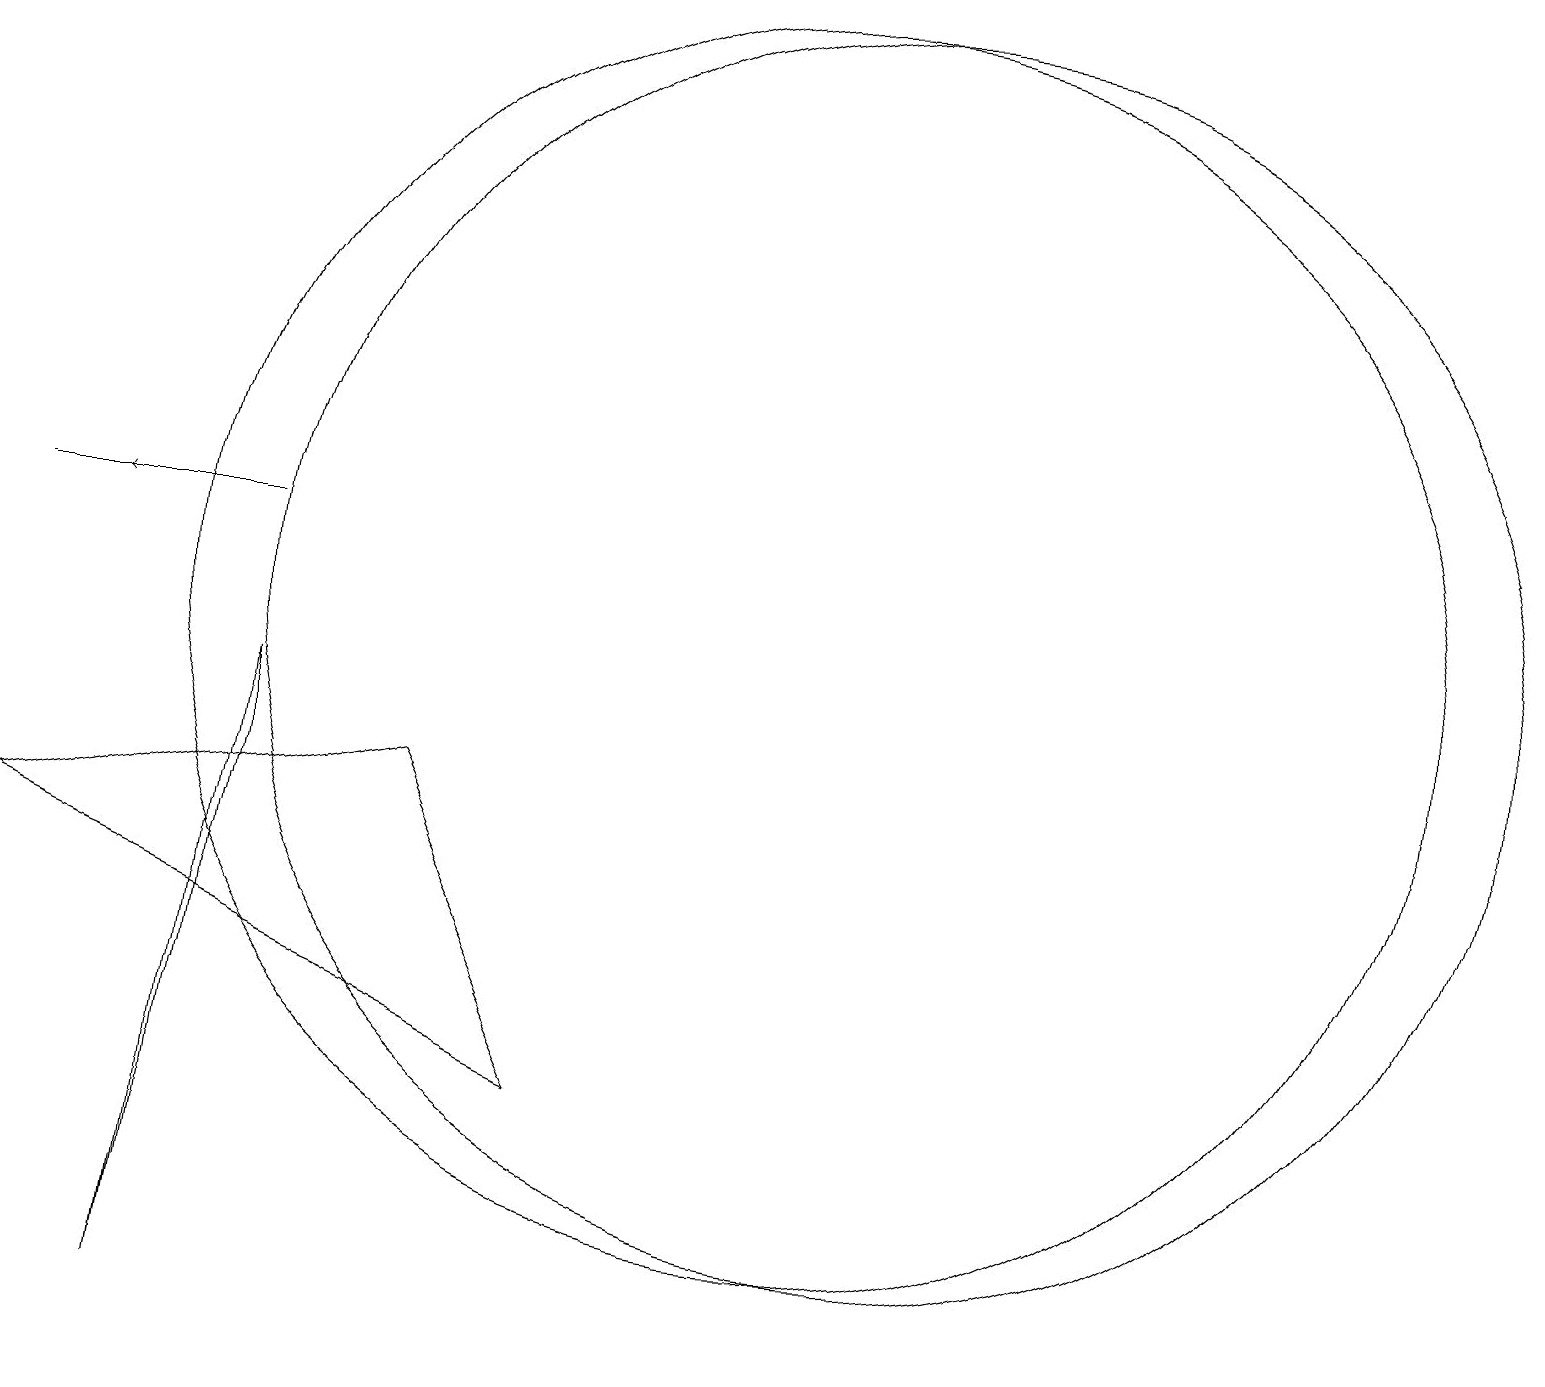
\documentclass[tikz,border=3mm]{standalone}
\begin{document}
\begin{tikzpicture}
\draw[->] (3,11) -- (1,11);
\draw (11,10) circle (8);
\draw (0,11) rectangle (3,11);
\draw (7,4) -- (0,7) -- (5,8) -- cycle;
\draw (3,9) -- (2,1) -- (3,8) -- cycle;
\draw (10,10) circle (8);
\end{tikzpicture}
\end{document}